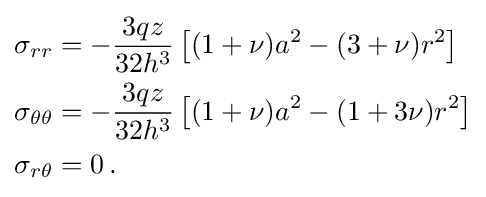
{\begin{aligned}\sigma _{rr}&=-{\frac {3qz}{32h^{3}}}\left[(1+\nu )a^{2}-(3+\nu )r^{2}\right]\\\sigma _{\theta \theta }&=-{\frac {3qz}{32h^{3}}}\left[(1+\nu )a^{2}-(1+3\nu )r^{2}\right]\\\sigma _{r\theta }&=0\,.\end{aligned}}